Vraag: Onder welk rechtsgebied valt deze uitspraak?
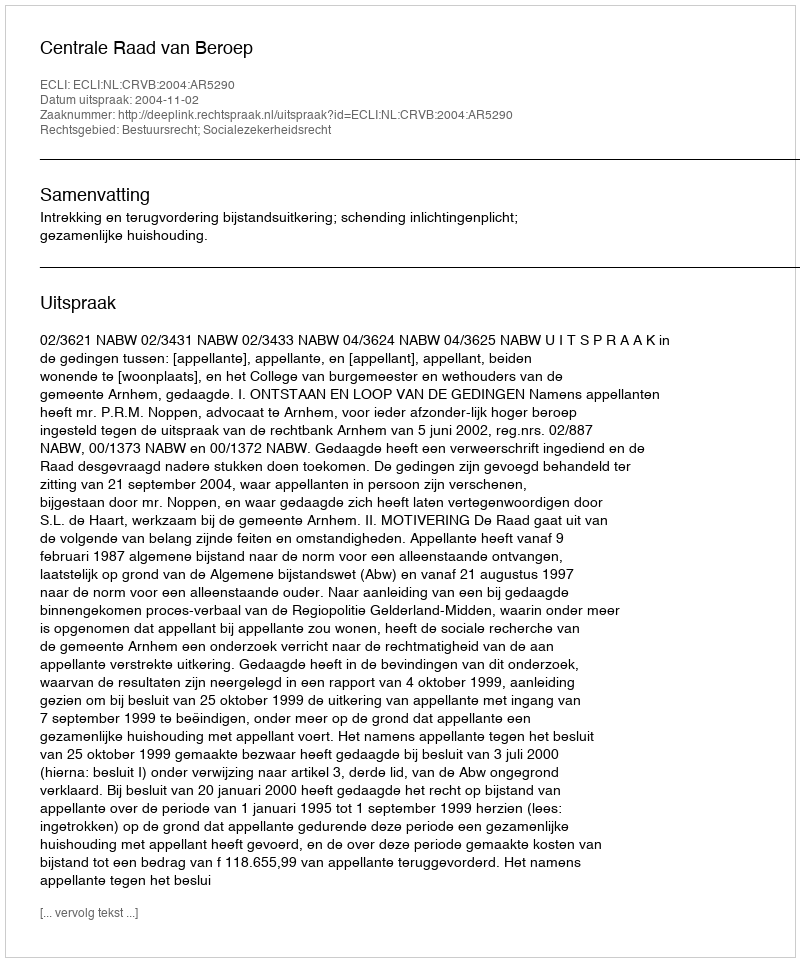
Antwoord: Bestuursrecht; Socialezekerheidsrecht